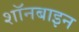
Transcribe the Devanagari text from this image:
शॉनबाइन